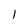
Character: 1